Annual administration report of the Civil Veterinary Department of India - 1898-1899
Year: 1898
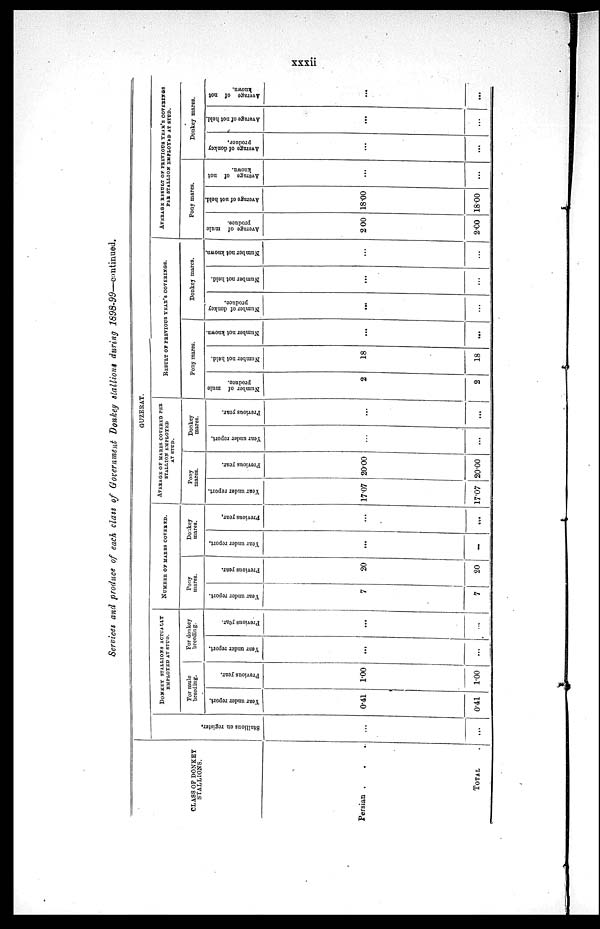
xxxii
Services and produce of each class of Government Donkey stallions during 1898-99—continued.
CLASS OF DONKEY
STALLIONS.
Persian . . .
TOTAL .
GUZERAT.
St al l
i
ons on register.
...
...
DONKEY STALLIONS ACTUALLY
EMPLOYED AT STUD.
For mule
breeding.
Year
under report.
0.41
0.41
Previous year.
1.00
1.00
For donkey
breeding.
Year under report.
...
...
Previous year.
...
...
NUMBER OF MARES COVERED.
Pony
mares.
Year under report.
7
7
Previous year.
20
20
Donkey
mares.
Year under report.
...
...
Previous year.
...
...
AVERAGE OF MARES COVERED PER
STALLION EMPLOYED
AT STUD.
Pony
mares.
Year under report.
17.07
17.07
Previous year.
20.00
20.00
Donkey
mares.
Year under report.
...
...
Previous year.
...
...
RESULT OF PREVIOUS YEAR'S COVERINGS.
Pony mares.
Number of mule
produce.
2
2
Number not held.
18
18
Number not known.
...
...
Donkey mares.
Number of donkey
produce.
...
...
Number not held.
...
...
Number not known.
...
...
AVERAGE RESULT OF PREVIOUS YEAR'S COVERINGS
PER STALLION EMPLOYED AT STUD.
Pony mares.
Average of mule
produce.
2.00
2.00
Average of not held.
18.00
18.00
Average of not
known.
...
...
Donkey mares.
Average
of donkey
produce.
...
...
Average of not held.
...
...
Average of not
known.
...
...